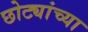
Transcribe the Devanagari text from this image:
छोट्यांच्या